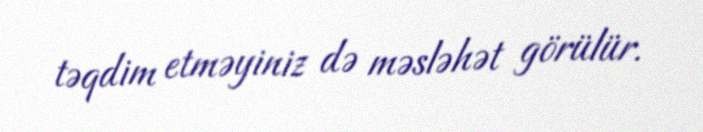
təqdim etməyiniz də məsləhət görülür.